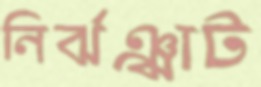
নির্ঝঞ্ঝাট